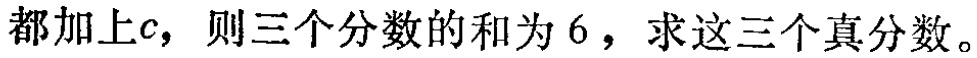
都加上\(c\)，则三个分数的和为\(6\)，求这三个真分数。